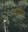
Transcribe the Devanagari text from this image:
शयान